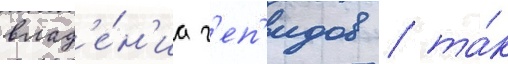
влад'е́н'иа г'еп'идов / та́к